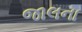
જાલના